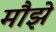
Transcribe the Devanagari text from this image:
मौझे